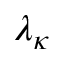
\lambda _ { \kappa }